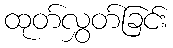
ထုတ်လွှတ်ခြင်း